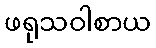
ဖရုသဝါစာယ